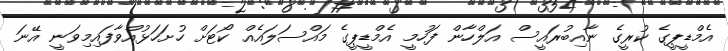
އެމްޑީޕީގެ ކުރީގެ ނާއިބުރައީސް އަލްހާން ފަހުމީ އެމްޑީޕީގެ މައްސަލައެއް ކޯޓަށް ހުށަހަޅުއްވާފައިމިވަނީ އޭނަ